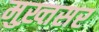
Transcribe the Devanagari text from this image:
मुख़्तसर